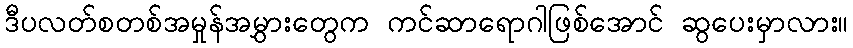
ဒီပလတ်စတစ်အမှုန်အမွှားတွေက ကင်ဆာရောဂါဖြစ်အောင် ဆွပေးမှာလား။